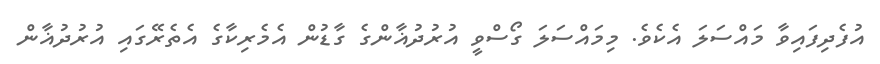
އުފެދިފައިވާ މައްސަލަ އެކެވެ. މިމައްސަލަ ގޯސްވީ އުރުދުޣާންގެ ގާޑުން އެމެރިކާގެ އެތެރޭގައި އުރުދުޣާން